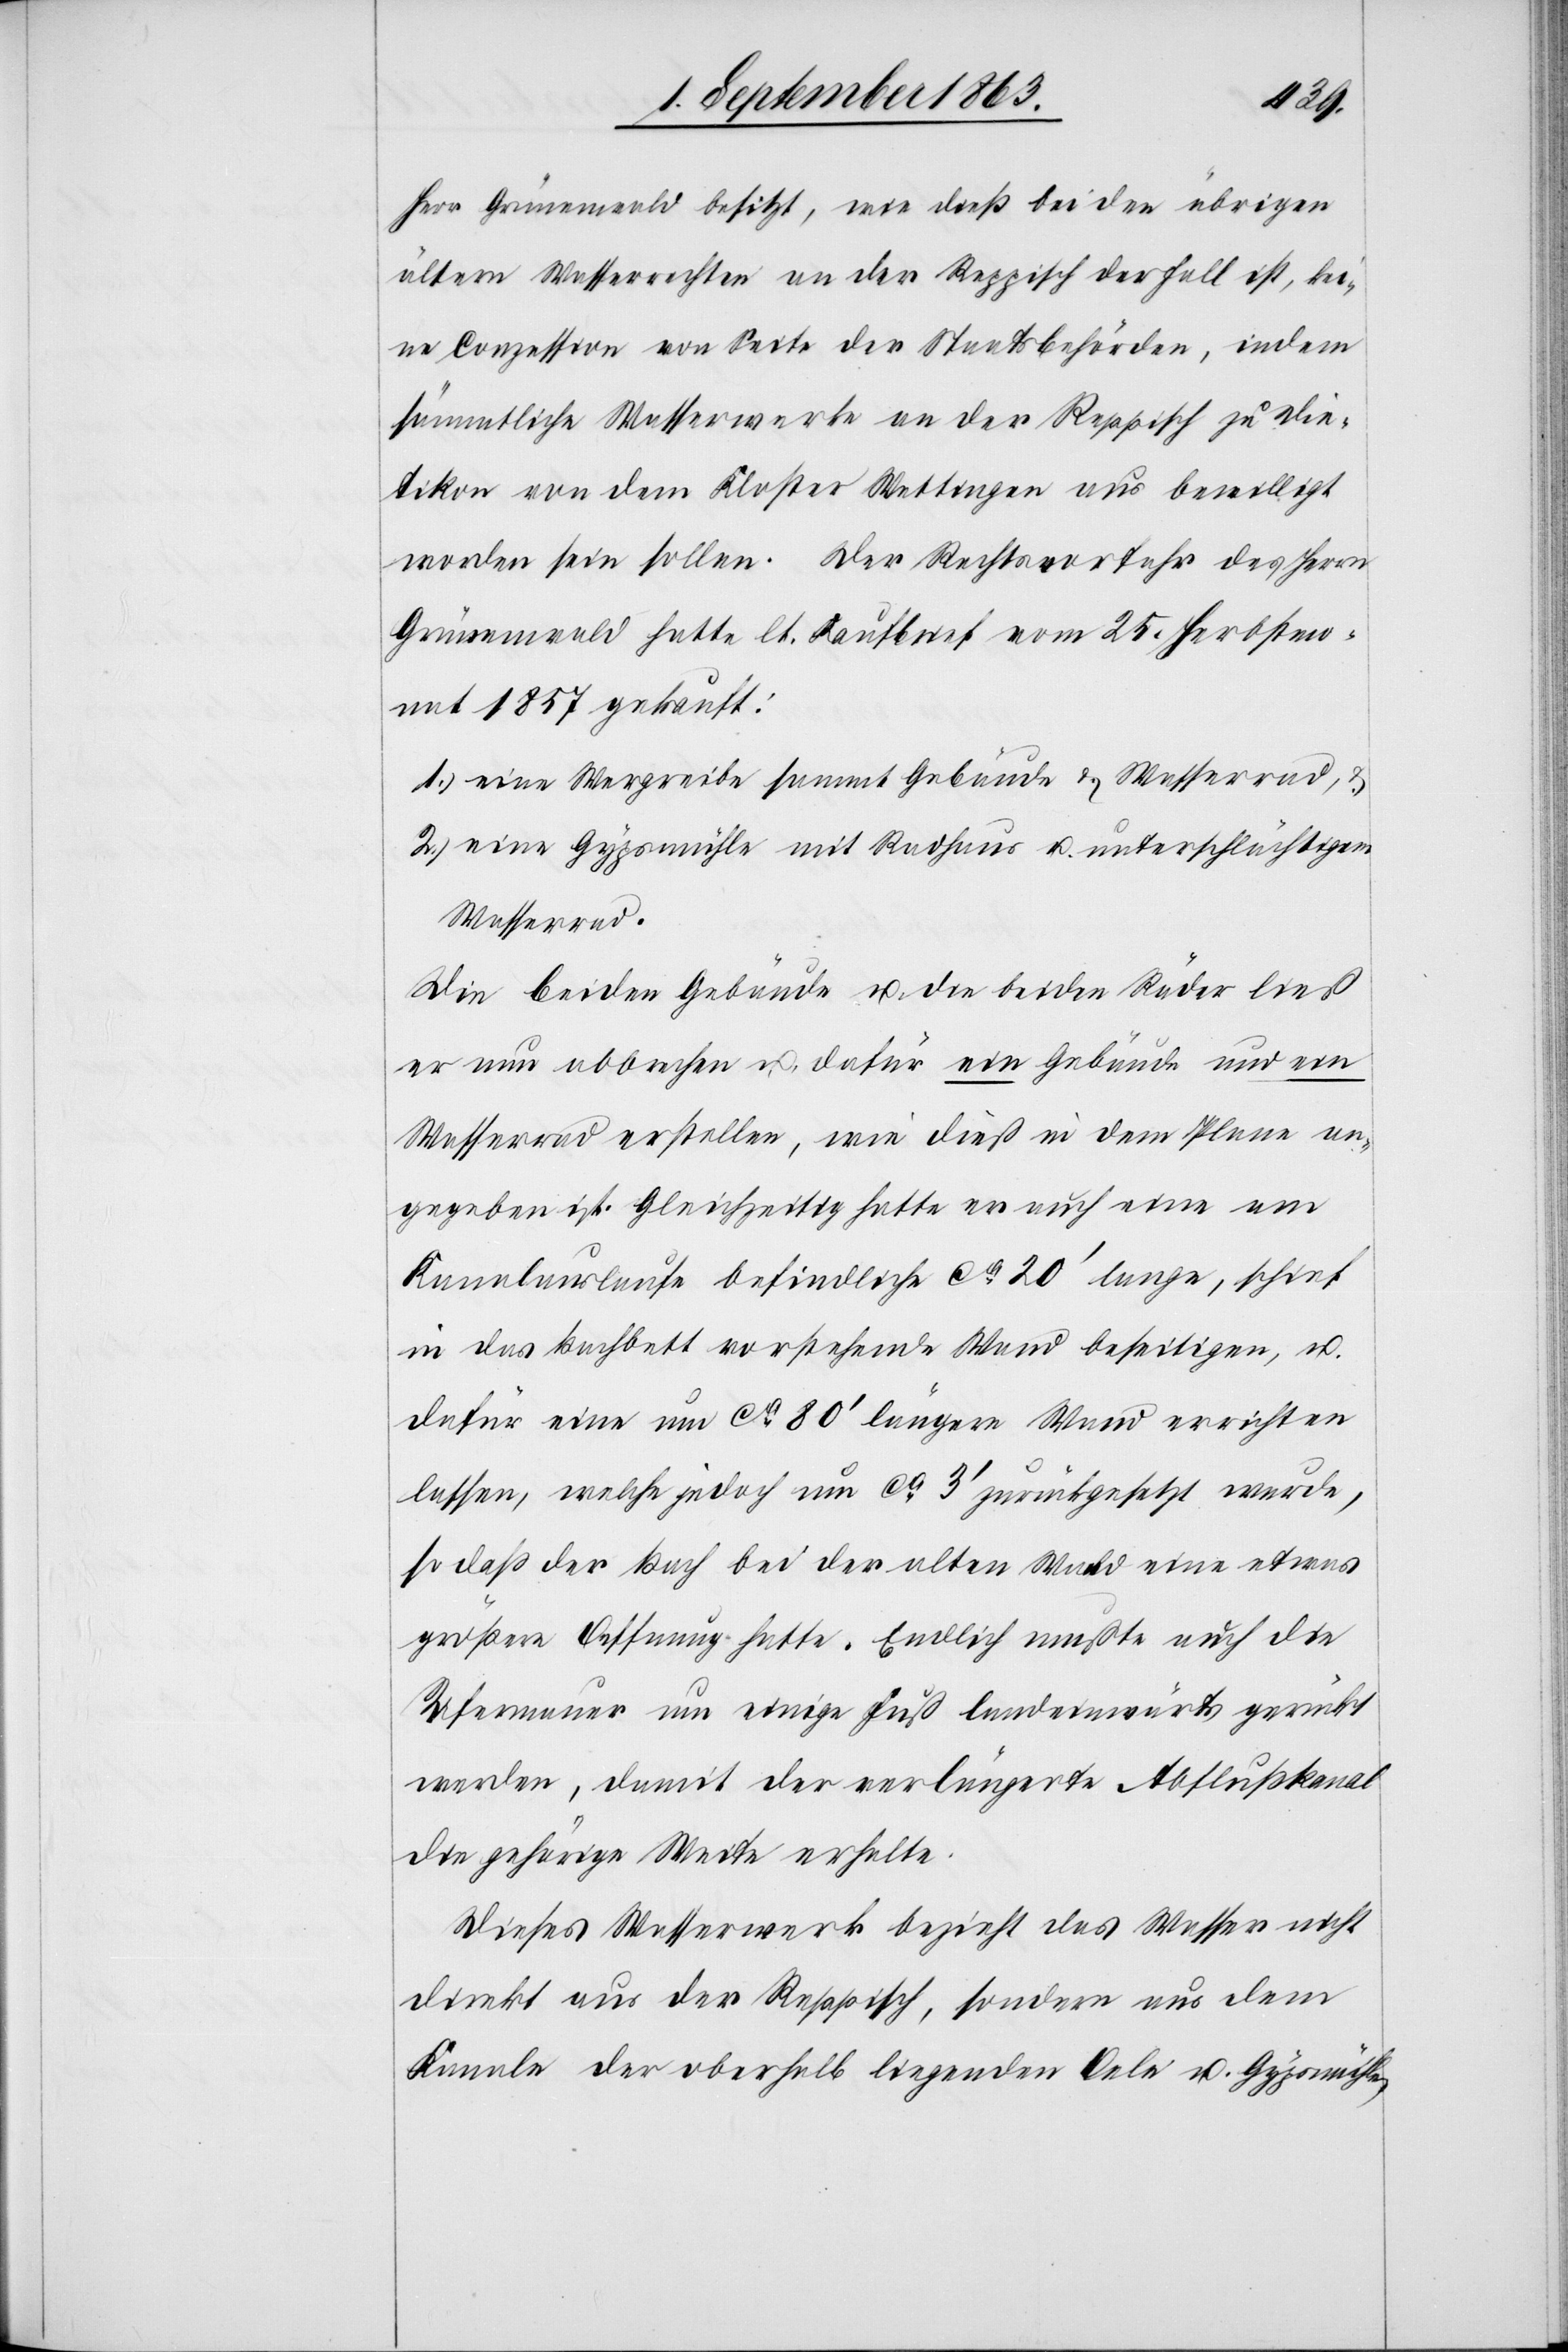
Herr Grünenwald besitzt, wie dieß bei den übrigen
ältern Wasserrechten an der Reppisch der Fall ist, kei¬
ne Conzession von Seite der Staatsbehörden, indem
sämmtliche Wasserwerke an der Reppisch zu Die¬
tikon von dem Kloster Wettingen aus bewilligt
worden sein sollen. Der Rechtsvorfahr des Herrn
Grünenwald hatte lt. Kaufbrief vom 25. Herbstmon¬
at 1857 gekauft:
1.) eine Wergreibe sammt Gebäude & Wasserrad, &
2.) eine Gypsmühle mit Radhaus u. unterschlächtigem
Wasserrad.
Die beiden Gebäude u. die beiden Räder ließ
er nun abbrechen u. dafür ein Gebäude und ein
Wasserrad erstellen, wie dieß in dem Plane an¬
gegeben ist. Gleichzeitig hatte er auch eine am
Kanalauslaufe befindliche ca 20' lange, schief
in das Bachbett vorstehende Wand beseitigen, u.
dafür eine um ca 80' längere Wand errichten
lassen, welche jedoch um ca 3' zurückgesetzt wurde,
so daß der Bach bei der alten Wand eine etwas
größere Oeffnung hatte. Endlich mußte auch die
Ufermauer um einige Fuß landeinwärts gerückt
werden, damit der verlängerte Abflußkanal
die gehörige Weise erhalte.
Dieses Wasserwerk bezieht das Wasser nicht
direkt aus der Reppisch, sondern aus dem
Kanale der oberhalb liegenden Oele u. Gypsmühle,